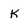
Character: k